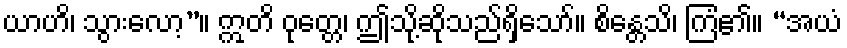
ယာဟိ၊ သွားလော့”။ ဣတိ ဝုတ္တေ၊ ဤသို့ဆိုသည်ရှိသော်။ စိန္တေသိ၊ ကြံ၏။ “အယံ